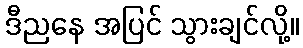
ဒီညနေ အပြင် သွားချင်လို့။